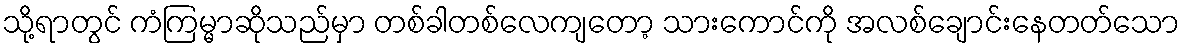
သို့ရာတွင် ကံကြမ္မာဆိုသည်မှာ တစ်ခါတစ်လေကျတော့ သားကောင်ကို အလစ်ချောင်းနေတတ်သော